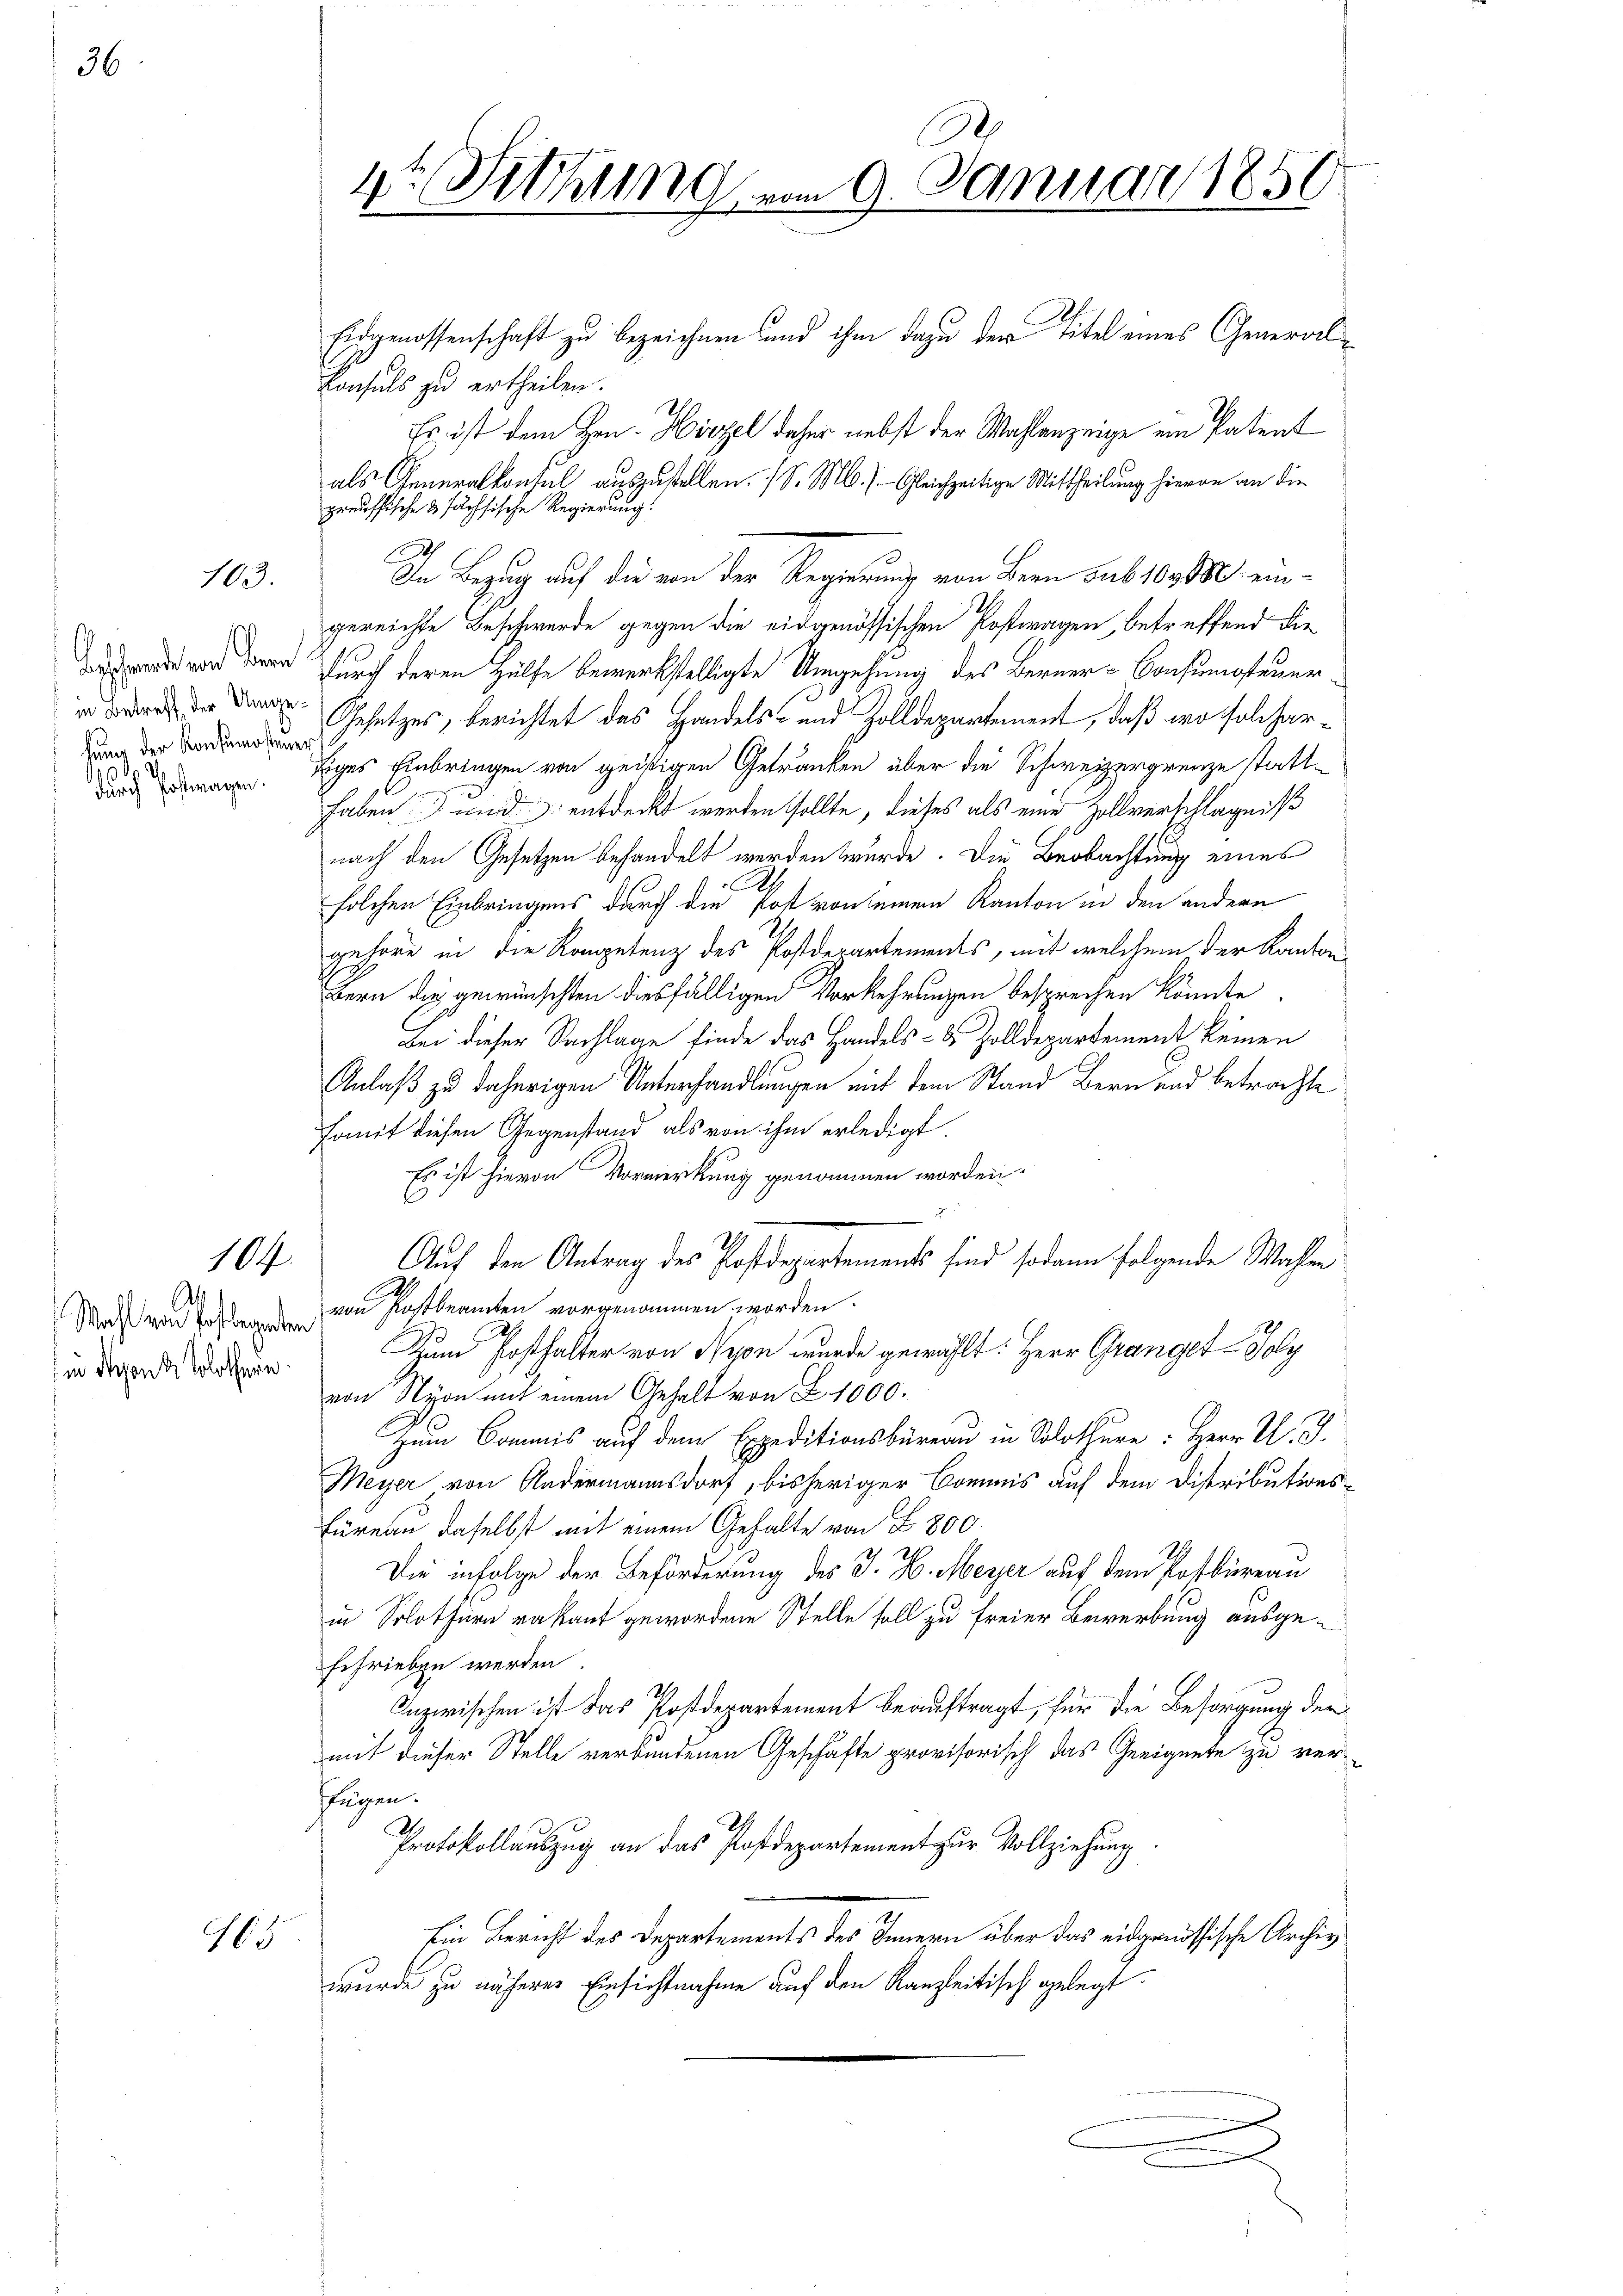
103.

in Betreff der Umgelung der Konsumsteuer
des de
durch Postwagen.

Wahl von Hoflegenten
in diesen & Solothurn.

104

65

Januar 1856
4t Fehlung vom 9
.
w

Eidgenossenschaft zu bezeichnen und ihm dazu der Titel eines General¬
Konsuls zu ertheilen.
Es ist dem Hrn. Hirzel daher nebst der Wahlanzeige ein Patent
als Generalkonsul auszustellen. / S. M. /. Gleichzeitige Mittheilung hievon an die
preussische & sächsische Regierung.
h
In Bezug auf die von der Regierung von Bern sub 100 M. eingereichte Beschwerde gegen die eidgenössischen Postwagen, betreffend die
w vor den durch deren Hülfe bewerkstelligte Umgehung des Berner-Consumsteuer¬
Gesetzes, berichtet das Handels- und Zolldepartement, daß wo solchertiges Einbringen von geistigen Getränken über die Schweizergrenze statthaben und entdeckt werden sollte, dieses als eine Zollverschlägniß
nach den Gesetzen behandelt werden würde. Die Beobachtung eines
solchen Einbringens durch die Pot von seinem Kanton in den andern
gehöre in die Kompetenz des Postdepartements, mit welchem der Kanton
Bern die gewünschten diesfälligen Vorkehrungen besprechen könnte.
Bei dieser Sachlage finde das Handels- & Zolldepartement keinen
Anlaß zu daherigen Unterhandlungen mit dem Stand Bern und betrachte
Fomit diesen Gegenstand als von ihm erledigt.
Es ist hievon Vormerkung genommen worden.
Auf den Antrag des Postdepartements sind sodann folgende Wahlen
.
von Rostbeamten vorgenommen worden.
Zum Posthalter von Nein wurde gewählt: Herr Grangel - Poly
von Nyon mit einem Gehalt von Z. 1000.
Zum Commis auf dem Expeditionsbüreau in Solothure: Herr U. J.
Meyer von Andermannsdorf, bisheriger Commis auf dem Distributions¬
Füreau daselbst mit einem Gehalte von § 800.
Die infolge der Beförderung des J. H. Meyer auf dem Postbüreau
in Solothur vakant gewordene Stelle soll zu freier Bewerbung ausgeschrieben werden.
Inzwischen ist das Postdepartement beauftragt, für die Besorgung der
mit dieser Stelle verbundenen Geschäfte provisorisch das Geeignete zu verfügen.
Protokollauszug an das Postdepartement zur Vollziehung
.
Ein Bericht des Departements des Innern über das eidgenössische Archiv
wurde zu näherer Einsichtnahme auf den Kanzleitisch gelegt.
.

.